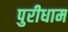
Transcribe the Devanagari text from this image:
पुरीधाम